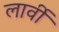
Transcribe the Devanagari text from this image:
लार्वी